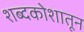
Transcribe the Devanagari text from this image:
शब्दकोशातून